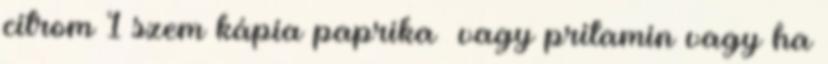
citrom 1 szem kápia paprika vagy pritamin vagy ha